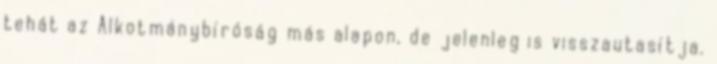
tehát az Alkotmánybíróság más alapon, de jelenleg is visszautasítja.